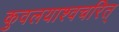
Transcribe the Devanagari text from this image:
कुवलयाश्वचरित्